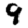
Digit: 9